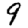
Digit: 9